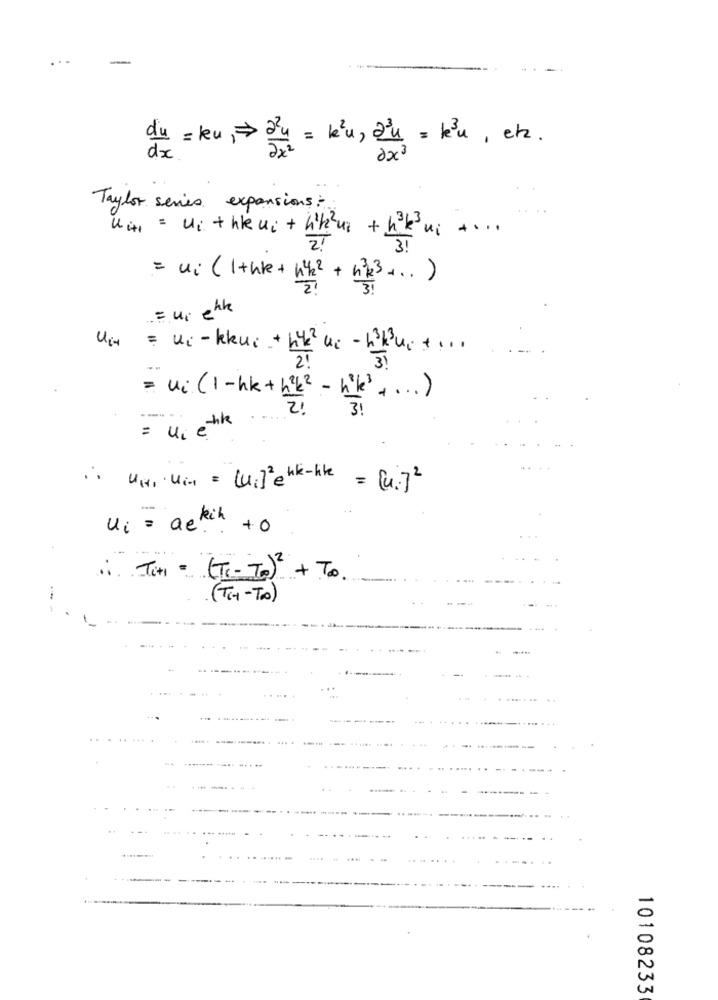
...
-
du = ku , > 24 = l'u, 2u = ku , et.
2x3
Taylor series expansions :
O
12
U4 = Ui + hleuc + kk2ur + h3k3; ....
3 !
= ui ( 1 + hle + w/2.
"2 + 13 ... )
= ui ente
Um = us-kkue + h42 us - Buc + ...
u ( 1 - hk + 4 9 4 2 - like + ... )
-tik
= ui é
1. UN Ui+ = (11]2) hk-hk = [u ]2
Ui = ae ...
i Tim - (T-70)2 +To.
(THY-To)
1
........
.
10108233